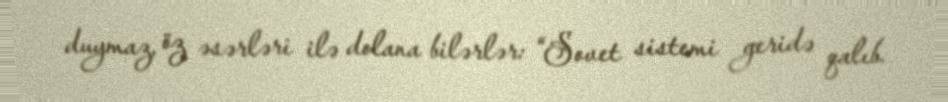
duymaz, öz əsərləri ilə dolana bilərlər: “Sovet sistemi geridə qalıb.